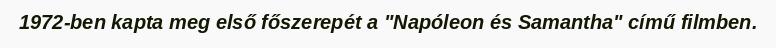
1972-ben kapta meg első főszerepét a "Napóleon és Samantha" című filmben.